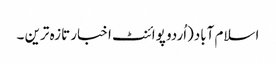
اسلام آباد(اُردو پوائنٹ اخبار تازہ ترین ۔